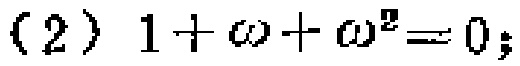
(2) \(1+\omega+\omega^{2}=0\);